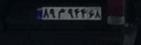
۸۹م۹۴۴۶۸